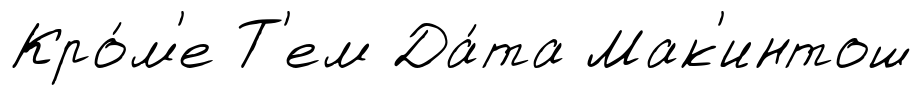
Кро́м'е Т'ем Да́та Мак'интош